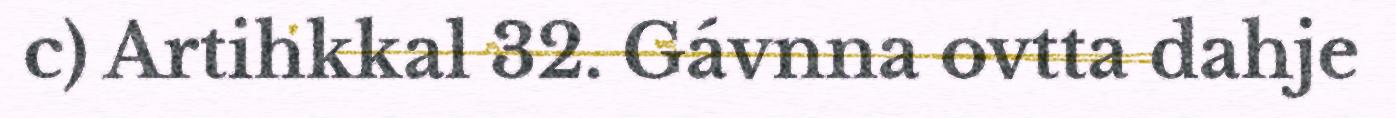
c) Artihkkal 32. Gávnna ovtta dahje